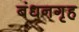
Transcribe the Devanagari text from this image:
बंधनगृह